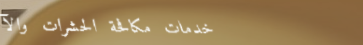
خدمات مكافحة الحشرات والآ